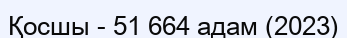
Қосшы - 51 664 адам (2023)